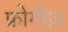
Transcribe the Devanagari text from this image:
फ्रोगीज़